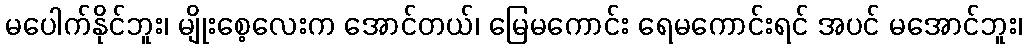
မပေါက်နိုင်ဘူး၊ မျိုးစေ့လေးက အောင်တယ်၊ မြေမကောင်း ရေမကောင်းရင် အပင် မအောင်ဘူး၊